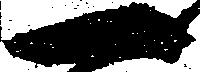
一